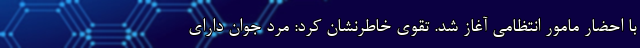
با احضار مامور انتظامی آغاز شد. تقوی خاطرنشان کرد: مرد جوان دارای